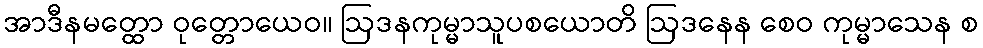
အာဒီနမတ္ထော ဝုတ္တောယေဝ။ ဩဒနကုမ္မာသူပစယောတိ ဩဒနေန စေဝ ကုမ္မာသေန စ